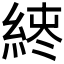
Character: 𫃪